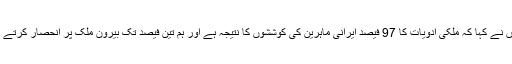
انہوں نے کہا کہ ملکی ادویات کا 97 فیصد ایرانی ماہرین کی کوششوں کا نتیجہ ہے اور ہم تین فیصد تک بیرون ملک پر انحصار کرتے ہیں۔